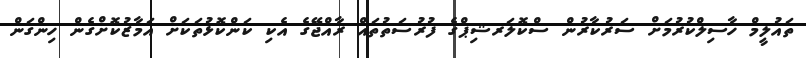
ތައުލީމް ހާސިލްކުރުމަށް ސަރުކާރުން ސްކޮލަރޝިޕްގެ ފުރުސަތުތައް ރާއްޖޭގެ އެކި ކަންކޮޅުތަކަށް އަމާޒުކޮށްގެން ހިންގަން